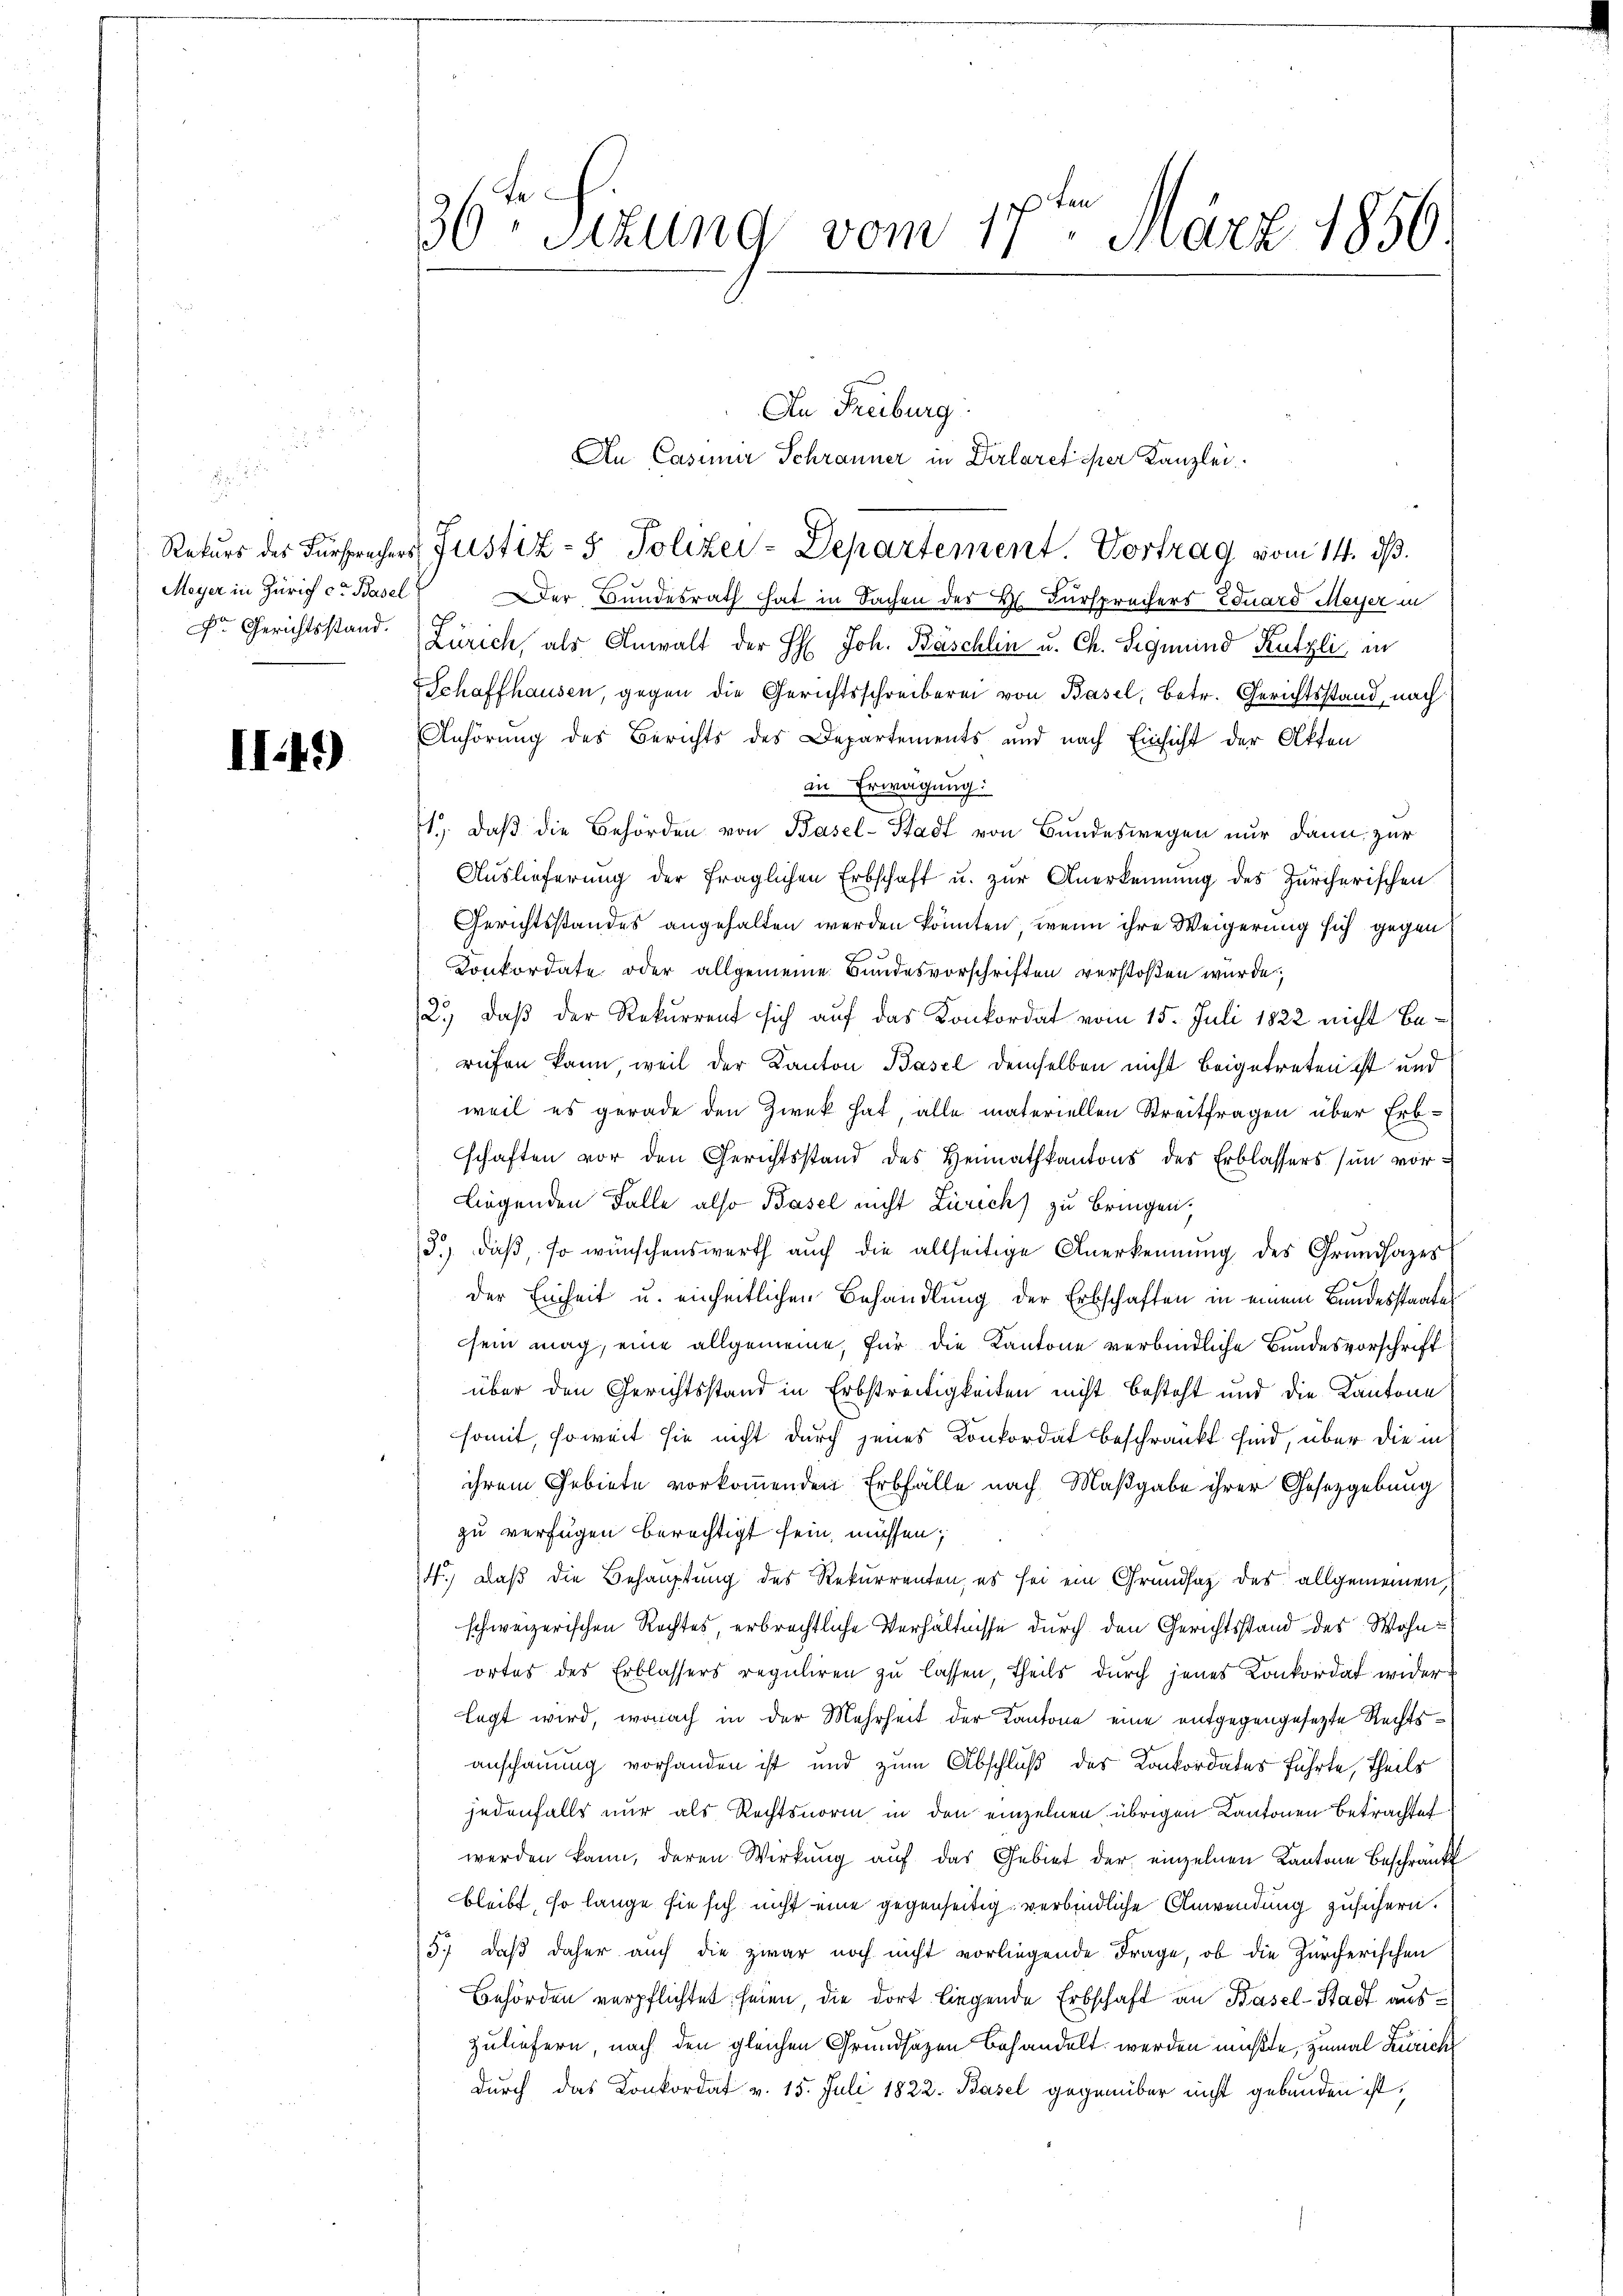
¬

II.4)

36te Sitzung vom 17ten März 1856.

Meyer in Zürich c. Basel der Bundesrath hat in Sachen des Hr. Fürsprechers Eduard Meyer in
r Gerichtsstand. Zürich, als Anwalt der H: Joh. Bäschlin u. Ch. Sigmund Kutzli in
Schaffhausen, gegen die Gerichtsschreiberei von Basel, betr. Gerichtsstand, nach
Anhörung des Berichts des Departements und nach Einsicht der Akten
in Erwägung:
11. daβ die Behörden von Basel-Stadt von Bundeswegen nur dann zur
Auslieferŭng der fraglichen Erbschaft u. zŭr Anerkennung des Zürcherischen
Gerichtsstandes angehalten werden könnten, wenn ihre Weigerung sich gegen
Konkordate oder allgemeine Bundesvorschriften verstoßen wurde;
2.) Daß der Rekurrent sich auf das Konkordat vom 15. Juli 1822 nicht berufen kann, weil der Kanton Basel demselben nicht beigetreten ist und
weil es gerade den Zwek hat, alle materiellen Streitfragen über Erbschaften vor den Gerichtsstand des Heimathkantons des Erblassers (in vor¬
Liegenden Falle also Basel nicht Zürich zu bringen,
d.) daß, so wünschenswerth auch die allseitige Anerkennung des Grundsazes
der Einheit u. einheitlichen Behandlung der Erbschaften in einem Bundesstaates
sein mag, eine allgemeine, für die Kantone verbindliche Bundesvorschrift
über den Gerichtsstand in Erbstreitigkeiten nicht besteht und die Kantone
somit, soweit sie nicht durch jenes Konkordat beschränkt sind, über die in
ihrem Gebiete vorkommenden Erbfälle nach Maßgabe ihrer Gesetzgebung
zu verfügen berechtigt sein, müssen;
4.) Daß die Behauptung des Rekurrenten, es sei ein Grundsaz des allgemeinen,
schweizerischen Rechtes, erbrechtliche Verhältnisse durch den Gerichtsstand des Wohnortes des Erblassers reguliren zu lassen, theils durch jenes Konkordat wider
legt wird, wonach in der Mehrheit der Kantone eine entgegengesezte Rechts
anschauung vorhanden ist und zum Abschluß des Konkordates führte, theils
jedenfalls nur als Rechtsnorm in den einzelnen übrigen Kantonen Betrachtet
werden kann, deren Wirkung auf das Gebiet der einzelnen Kantone Beschränk
bleibt, so lange sie sich nicht eine gegenseitig verbindliche Anwendung zusichern.
5.) daß daher auch die zwar noch nicht vorliegende Frage, ob die Zürcherischen
Behörden verpflichtet seien, die dort liegende Erbschaft an Basel-Stadt auszuliefern, nach den gleichen Grundsazen behandelt werden mußte, zumal Zürich
durch das Konkordat v. 15. Juli 1822. Basel gegenüber nicht gebunden ist,

An Freiburg
An Casiner Schranner in Dirlaretiker Kanzlei.
Rekurs des Fürsprechers Justiz- & Polizei-Departement. Vortrag vom 14. ds.